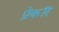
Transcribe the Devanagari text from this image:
प्रेकॉर